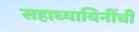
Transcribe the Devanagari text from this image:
सहाध्यायिनींची